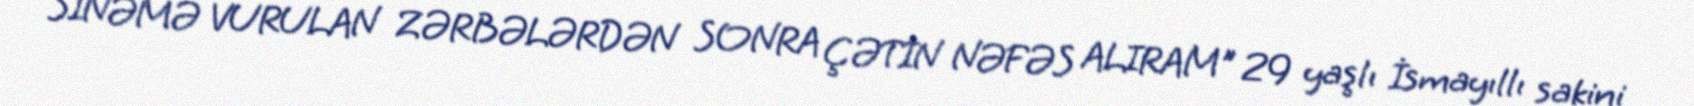
SİNƏMƏ VURULAN ZƏRBƏLƏRDƏN SONRA ÇƏTİN NƏFƏS ALIRAM" 29 yaşlı İsmayıllı sakini